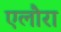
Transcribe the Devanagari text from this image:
एलौरा